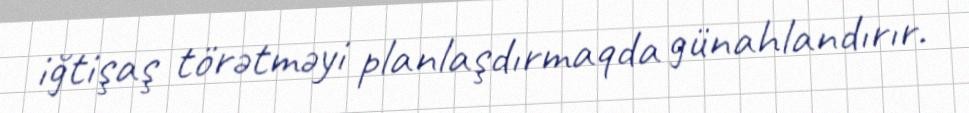
iğtişaş törətməyi planlaşdırmaqda günahlandırır.